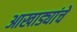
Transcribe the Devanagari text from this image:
आखाड्यांचे